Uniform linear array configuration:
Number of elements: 24
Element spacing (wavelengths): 1
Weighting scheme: blackman
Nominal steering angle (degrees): -30
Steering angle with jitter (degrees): -29.163
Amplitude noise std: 0.05
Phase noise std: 0.05

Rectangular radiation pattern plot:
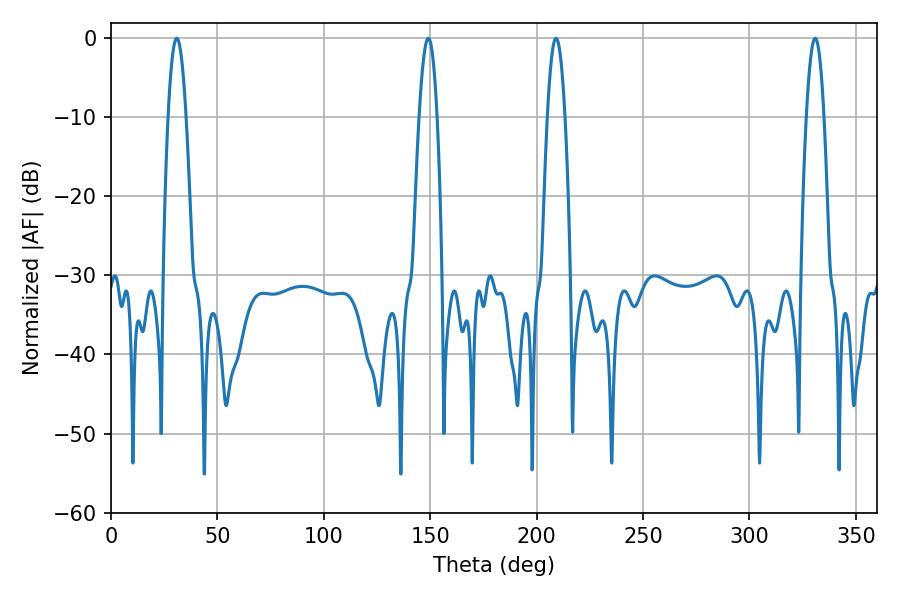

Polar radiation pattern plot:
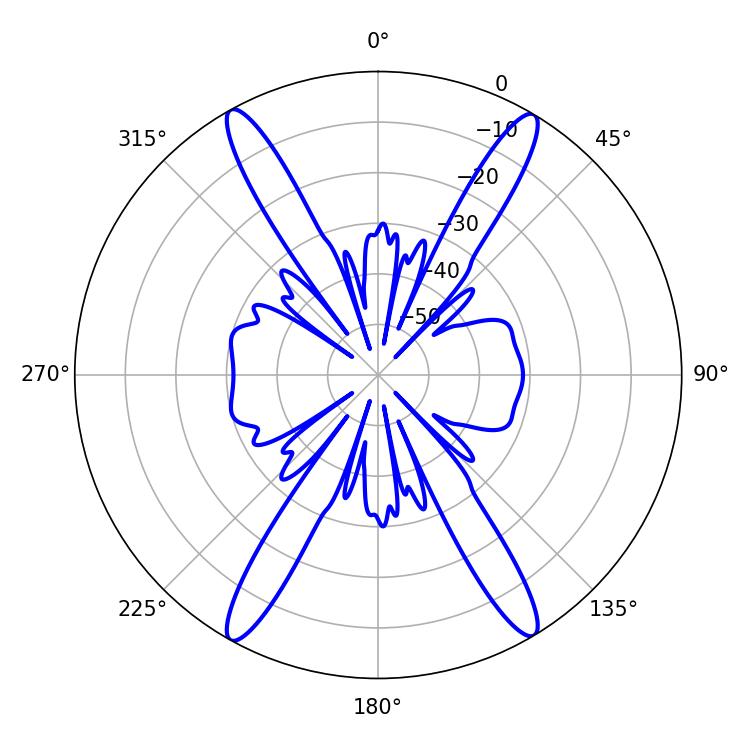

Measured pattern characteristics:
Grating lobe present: TRUE
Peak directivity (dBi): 25.052
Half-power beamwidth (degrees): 4.5
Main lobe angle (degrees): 330.84